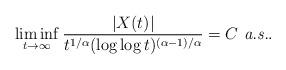
LaTeX: \begin{align*}\liminf_{t \to \infty}\frac{|X(t)|}{t^{1/\alpha}(\log \log t)^{(\alpha-1)/\alpha}} = C \mbox{ {\em a.s.}}.\end{align*}